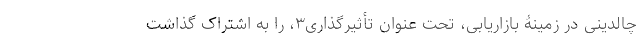
چالدینی در زمینۀ بازاریابی، تحت عنوان تأثیرگذاری۳، را به اشتراک گذاشت